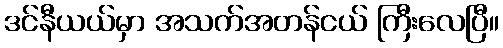
ဒင်နီယယ်မှာ အသက်အတန်ငယ် ကြီးလေပြီ။